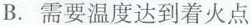
B.需要温度达到着火点